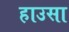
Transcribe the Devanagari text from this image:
हाउसा